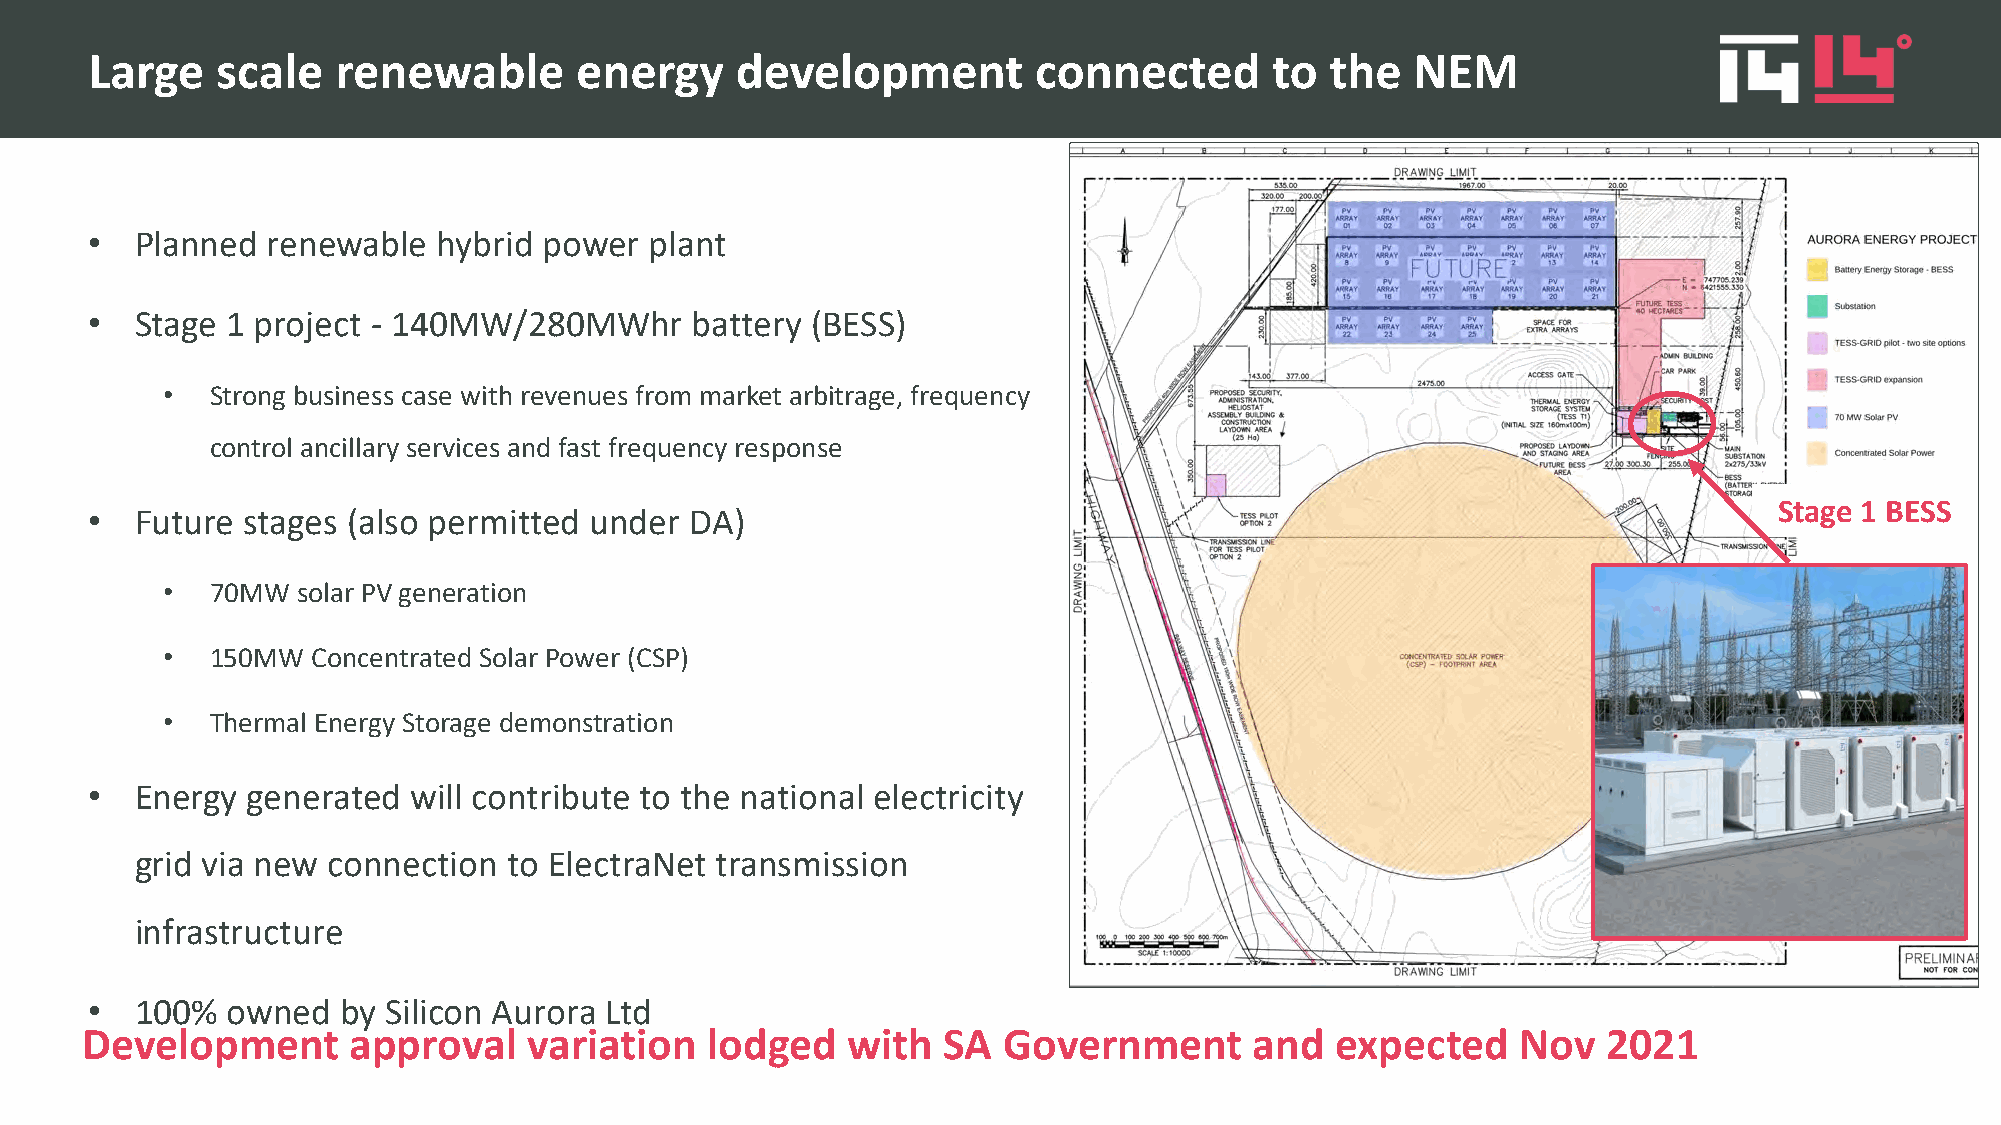
Large   scale   renewable       energy     development        connected       to  the   NEM
 •  Planned  renewable  hybrid power  plant
 •  Stage 1 project - 140MW/280MWhr      battery (BESS)
 •  Strong business case with revenues from market arbitrage, frequency
 control ancillary services and fast frequency response
 Stage 1 BESS
 •  Future stages (also permitted under  DA)
 •  70MW  solar PV generation
 •  150MW  Concentrated Solar Power (CSP)
 •  Thermal Energy Storage demonstration
 •  Energy generated  will contribute to the national electricity
 grid via new connection  to ElectraNet transmission
 infrastructure
 •  100%  owned   by Silicon Aurora Ltd
 Development       approval    variation   lodged   with  SA  Government       and  expected     Nov  2021